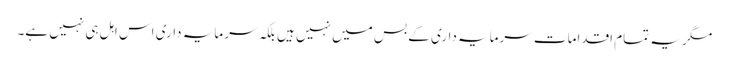
مگر یہ تمام اقدامات سرمایہ داری کے بس میں نہیں ہیں بلکہ سرمایہ داری اس اہل ہی نہیں ہے۔